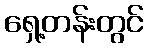
ရှေ့တန်းတွင်